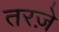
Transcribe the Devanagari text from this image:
तरज़े